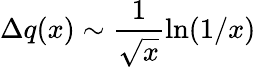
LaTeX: \Delta q(x)\sim\frac{1}{\sqrt{x}}\ln(1/x)